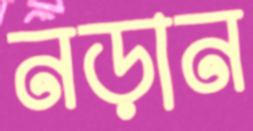
নড়ান